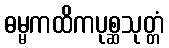
ဓမ္မကထိကပုစ္ဆသုတ္တံ